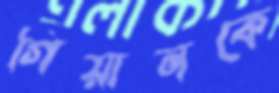
গিয়ানকে